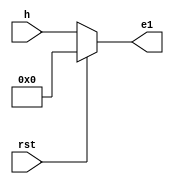
`timescale 1ns / 1ps
//////////////////////////////////////////////////////////////////////////////////
// Company: 
// Engineer: 
// 
// Design Name: 
// Module Name:    dct15 
// Project Name: 
// Target Devices: 
// Tool versions: 
// Description: 
//
// Dependencies: 
//
// Revision: 
// Revision 0.01 - File Created
// Additional Comments: 
//
//////////////////////////////////////////////////////////////////////////////////
module dct15(
input [7:0] h, 
input rst,
output reg [7:0] e1 );
always@(h,rst)
begin
  if(rst)
  begin 
	e1<=0;
	end
else 
  begin
   e1<=h;
end
end
endmodule